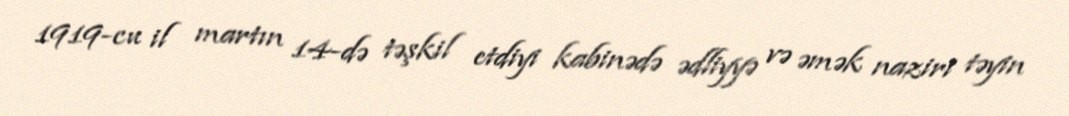
1919-cu il martın 14-də təşkil etdiyi kabinədə ədliyyə və əmək naziri təyin